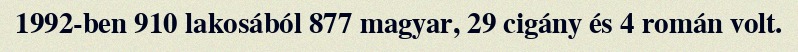
1992-ben 910 lakosából 877 magyar, 29 cigány és 4 román volt.